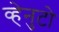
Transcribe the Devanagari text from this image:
व्हेनुटो